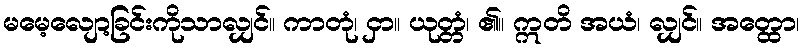
မမေ့လျော့ခြင်းကိုသာလျှင်။ ကာတုံ၊ ငှာ။ ယုတ္တံ၊ ၏။ ဣတိ အယံ၊ လျှင်။ အတ္ထော၊